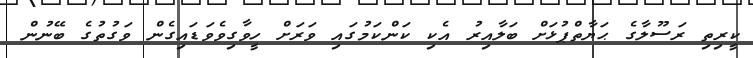
ކީރިތި ރަސޫލާގެ ޙަޔާތްޕުޅަށް ބަލާއިރު އެކި ކަންކަމުގައި ވަރަށް ހީވާގިވެވަޑައިގެން ވަގުތުގެ ބޭނުން